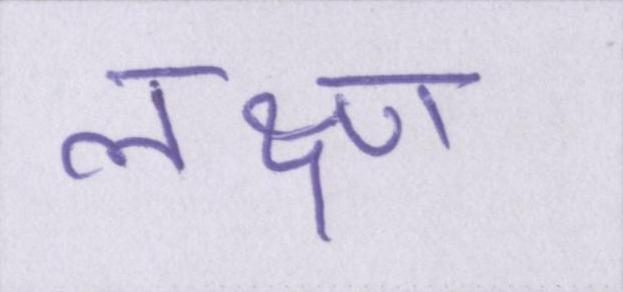
लक्ष्ण